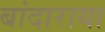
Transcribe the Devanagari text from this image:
बांदाराया